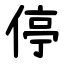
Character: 停